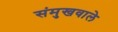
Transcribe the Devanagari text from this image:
संमुखवाले